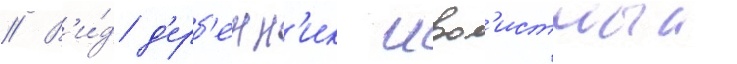
// В'и́д д'ерб'енн'ик ивол'истныи